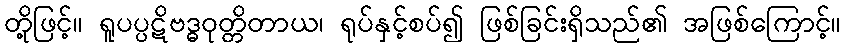
တို့ဖြင့်။ ရူပပ္ပဋိဗဒ္ဓဝုတ္တိတာယ၊ ရုပ်နှင့်စပ်၍ ဖြစ်ခြင်းရှိသည်၏ အဖြစ်ကြောင့်။